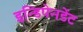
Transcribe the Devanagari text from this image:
इन्डिपेनडेंट